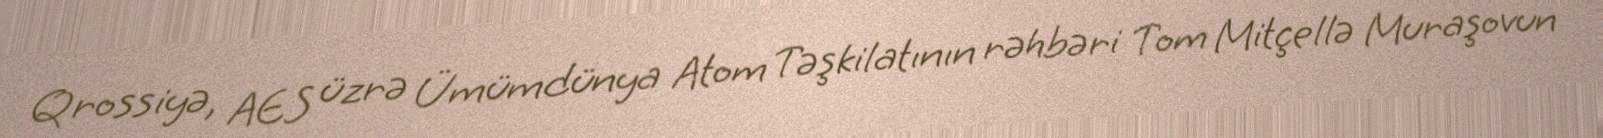
Qrossiyə, AES üzrə Ümümdünya Atom Təşkilatının rəhbəri Tom Mitçellə Muraşovun